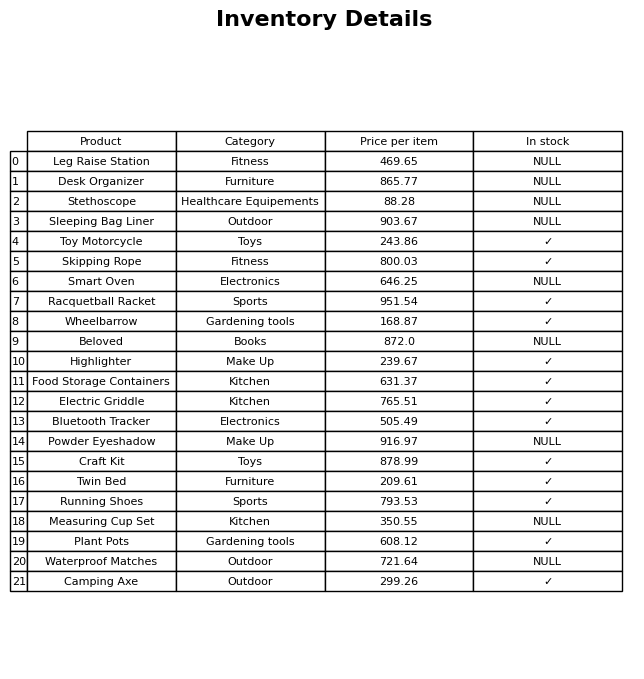
question: What is the price for Highlighter?
answer: The price of Highlighter is 239.67.